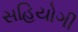
સહિયોગી